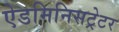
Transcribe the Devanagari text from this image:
ऐडमिनिसट्रेटर